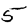
Digit: 5